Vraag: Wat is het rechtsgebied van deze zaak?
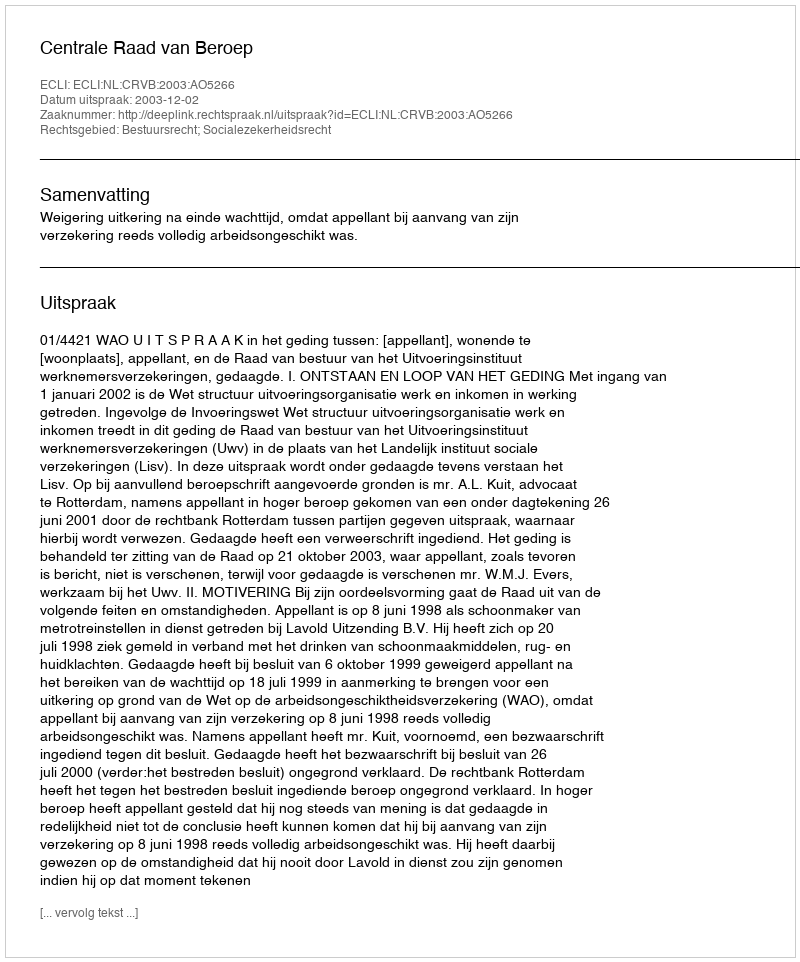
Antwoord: Bestuursrecht; Socialezekerheidsrecht